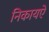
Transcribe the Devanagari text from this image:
निकायऐ